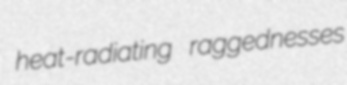
heat-radiating raggednesses